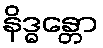
နိဒ္ဓန္တော